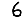
Digit: 6